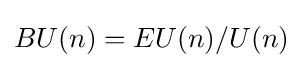
BU(n)=EU(n)/U(n)